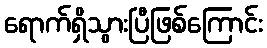
ရောက်ရှိသွားပြီဖြစ်ကြောင်း